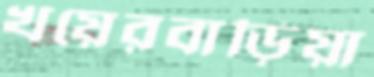
খয়েরবাড়িয়া